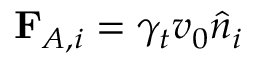
{ \bf F } _ { A , i } = \gamma _ { t } v _ { 0 } \hat { n } _ { i }